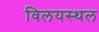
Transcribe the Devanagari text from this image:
विलयस्थल